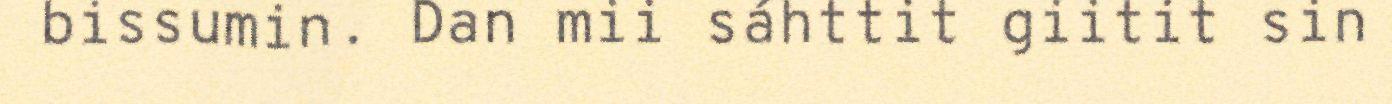
bissumin. Dan mii sáhttit giitit sin